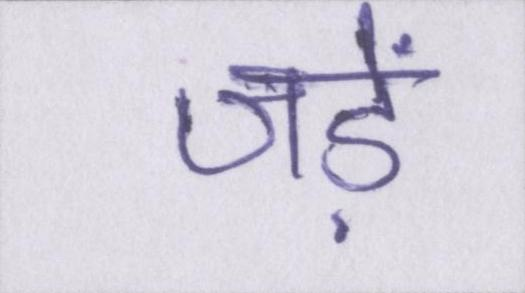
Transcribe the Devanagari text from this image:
जड़ें